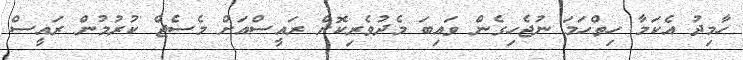
ހާމިދު އެކަމާ ހިތްހަމަ ނުޖެހިގެން ވައިބަ މެދުވެރިކޮށް ރައީސްއަށް މެސެޖް ކުރުމުން ރައީސް